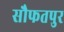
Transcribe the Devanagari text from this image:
सौफतपुर